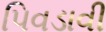
પિવડાવી